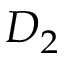
D _ { 2 }